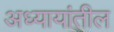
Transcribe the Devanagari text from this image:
अध्यायांतील